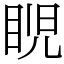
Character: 𥆩